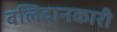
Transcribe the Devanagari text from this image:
बलिदानकारी